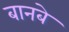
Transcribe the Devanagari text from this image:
बानबे